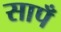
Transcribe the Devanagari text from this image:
सापँ